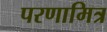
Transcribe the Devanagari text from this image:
परणामित्र